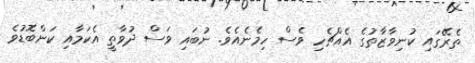
ތެރޭގައި ކުނިވާޒާތުގެ އެއްޗެހި ވެސް ހިމެނެއެވެ. ނުބައި ވަސް ދުވާތީ އެކަމާއި ކަންބޮޑުވެ